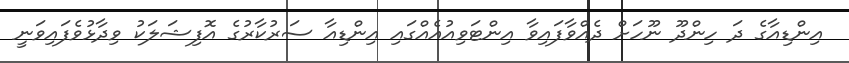
އިންޑިއާގެ ދަ ހިންދޫ ނޫހަށް ދެއްވާފައިވާ އިންޓަވިއުއެއްގައި އިންޑިއާ ސަރުކާރުގެ އޮފިޝަލަކު ވިދާޅުވެފައިވަނީ